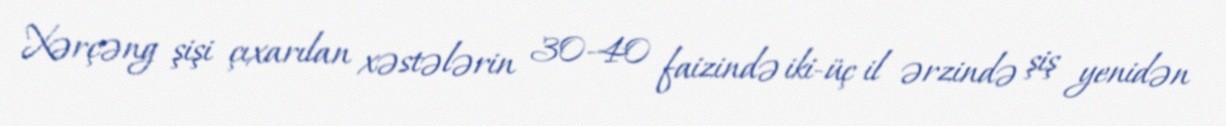
Xərçəng şişi çıxarılan xəstələrin 30-40 faizində iki-üç il ərzində şiş yenidən